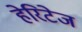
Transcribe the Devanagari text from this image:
हेरिटेज